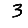
Digit: 3